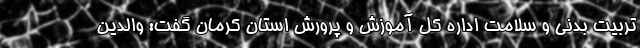
تربیت بدنی و سلامت اداره کل آموزش و پرورش استان کرمان گفت: والدین